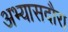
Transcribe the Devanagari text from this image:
अभ्यासदौरा